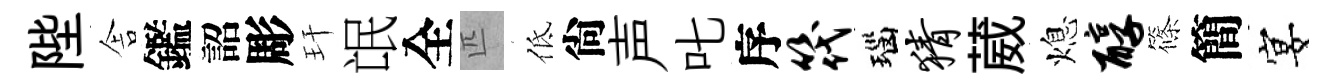
陛舎鑑詔彫玕氓全匹低尙声叱序筏瑙猜葳熄醇篠簡宴